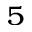
^ { 5 }